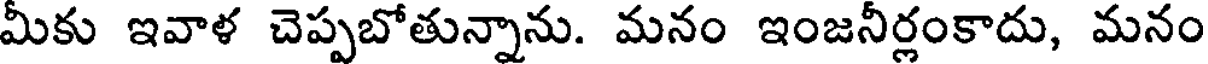
మీకు ఇవాళ చెప్పబోతున్నాను. మనం ఇంజనీర్లంకాదు, మనం